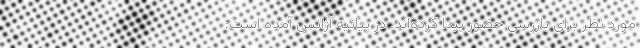
مورد نظر برای بازرسی حضور پیدا کرده‌اند. در بیانیه آژانس آمده است: